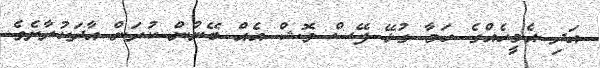
އަދި އެމީހެއްގެ ހަމާ ގުޅޭ ފޭސް ވޮޝް އެއް ބޭނުން ކުރަން އާދަކުރާށެވެ.